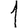
Digit: 1